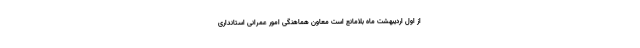
از اول اردیبهشت ماه بلامانع است معاون هماهنگی امور عمرانی استانداری